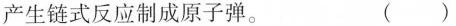
产生链式反应制成原子弹。 ( )